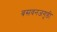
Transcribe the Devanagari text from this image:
बसवनजगुडी